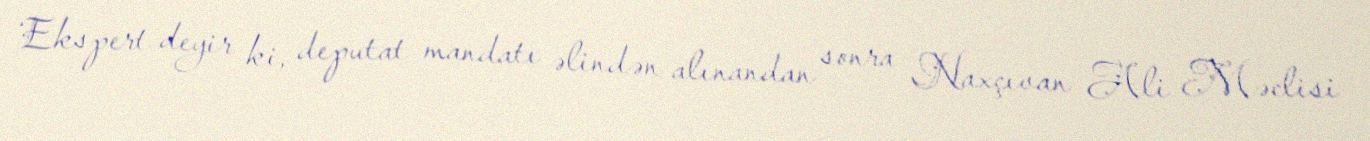
Ekspert deyir ki, deputat mandatı əlindən alınandan sonra Naxçıvan Ali Məclisi